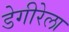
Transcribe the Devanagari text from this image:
डेगीरेला